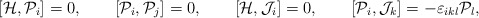
\begin{align*}[{\cal H},{\cal P}_{i}]=0 ,\qquad [{\cal P}_{i},{\cal P}_{j}]=0 ,\qquad[{\cal H},{\cal J}_{i}]=0 ,\qquad[{\cal P}_{i},{\cal J}_{k}]=-\varepsilon _{ikl}{\cal P}_{l} ,\end{align*}